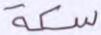
سكة